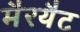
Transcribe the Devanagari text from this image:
मैरयैट